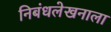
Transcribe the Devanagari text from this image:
निबंधलेखनाला